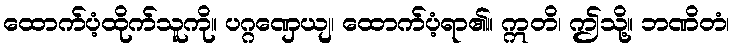
ထောက်ပံ့ထိုက်သူကို။ ပဂ္ဂဏှေယျ၊ ထောက်ပံ့ရာ၏။ ဣတိ၊ ဤသို့။ ဘဏိတံ၊